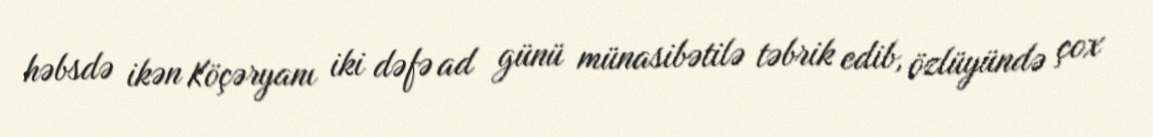
həbsdə ikən Köçəryanı iki dəfə ad günü münasibətilə təbrik edib, özlüyündə çox